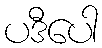
ပဒီပေါ